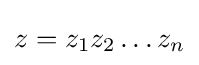
z=z_{1}z_{2}\ldots z_{n}